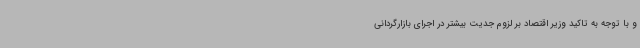
و با توجه به تاکید وزیر اقتصاد بر لزوم جدیت بیشتر در اجرای بازارگردانی